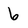
Character: 6